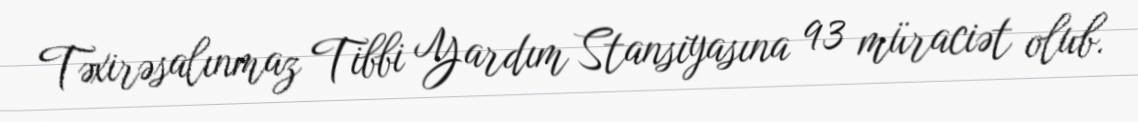
Təxirəsalınmaz Tibbi Yardım Stansiyasına 93 müraciət olub.